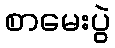
စာမေးပွဲ